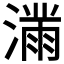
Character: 𫞜